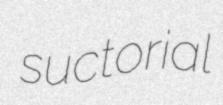
suctorial